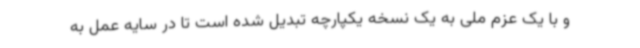
و با یک عزم ملی به یک نسخه یکپارچه تبدیل شده است تا در سایه عمل به